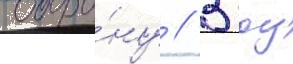
оборо́ну // В боу